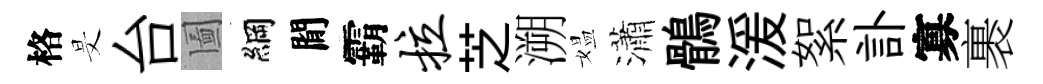
格旻台圗綱閒霸拉芝溯媪瀟鶻湲絮訃寡裹